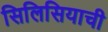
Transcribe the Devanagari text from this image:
सिलिसियाची